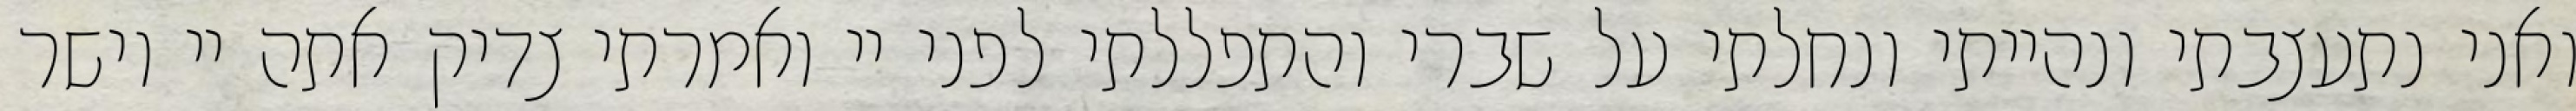
ואני נתעצבתי ונהייתי ונחלתי על שברי והתפללתי לפני יי ואמרתי צדיק אתה יי וישר